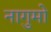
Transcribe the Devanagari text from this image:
नागुमो